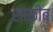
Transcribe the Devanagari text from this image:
शाकीब